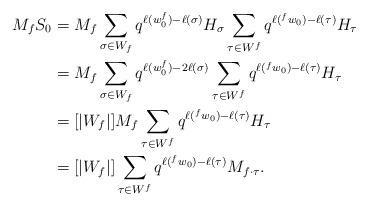
LaTeX: \begin{align*}M_f S_0&=M_f \sum_{\sigma\in W_f}q^{\ell(w_0^f)-\ell(\sigma)}H_\sigma\sum_{\tau\in W^f}q^{\ell(^fw_0)-\ell(\tau)}H_\tau\\&=M_f \sum_{\sigma\in W_f}q^{\ell(w_0^f)-2\ell(\sigma)}\sum_{\tau\in W^f}q^{\ell(^fw_0)-\ell(\tau)}H_\tau\\&=[|W_f|]M_f \sum_{\tau\in W^f}q^{\ell(^fw_0)-\ell(\tau)}H_\tau\\&=[|W_f|]\sum_{\tau\in W^f}q^{\ell(^fw_0)-\ell(\tau)}M_{f\cdot \tau}.\end{align*}